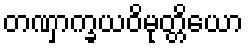
တဏှာက္ခယဝိမုတ္တိယော